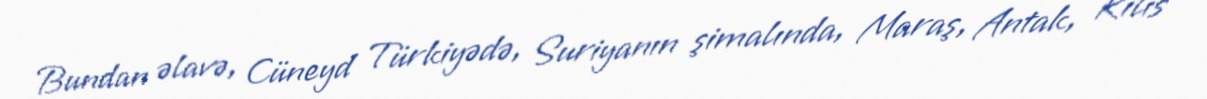
Bundan əlavə, Cüneyd Türkiyədə, Suriyanın şimalında, Maraş, Antak, Kilis